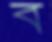
ব